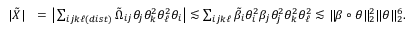
\begin{array} { r l } { | \tilde { X } | } & { = \big | \sum _ { i j k \ell ( d i s t ) } \tilde { \Omega } _ { i j } \theta _ { j } \theta _ { k } ^ { 2 } \theta _ { \ell } ^ { 2 } \theta _ { i } \big | \lesssim \sum _ { i j k \ell } \tilde { \beta } _ { i } \theta _ { i } ^ { 2 } \beta _ { j } \theta _ { j } ^ { 2 } \theta _ { k } ^ { 2 } \theta _ { \ell } ^ { 2 } \lesssim \| \beta \circ \theta \| _ { 2 } ^ { 2 } \| \theta \| _ { 2 } ^ { 6 } . } \end{array}